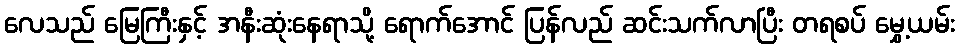
လေသည် မြေကြီးနှင့် အနီးဆုံးနေရာသို့ ရောက်အောင် ပြန်လည် ဆင်းသက်လာပြီး တရစပ် မွှေ့ယမ်း